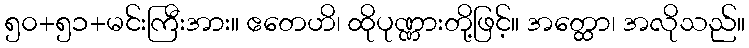
၅၀+၅၁+မင်းကြီးအား။ ဧတေဟိ၊ ထိုပုဏ္ဏားတို့ဖြင့်။ အတ္ထော၊ အလိုသည်။